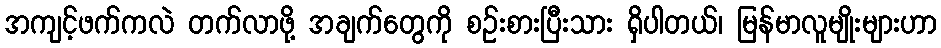
အကျင့်ဖက်ကလဲ တက်လာဖို့ အချက်တွေကို စဉ်းစားပြီးသား ရှိပါတယ်၊ မြန်မာလူမျိုးများဟာ